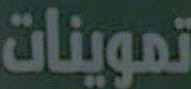
تموينات